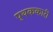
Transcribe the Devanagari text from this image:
पृथककारी